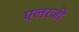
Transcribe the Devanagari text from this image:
एलरजी